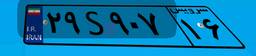
۱۸S۶۶۴۲۲